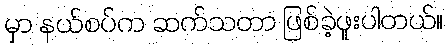
မှာ နယ်စပ်က ဆက်သတာ ဖြစ်ခဲ့ဖူးပါတယ်။